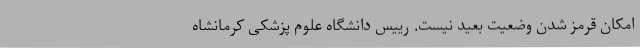
امکان قرمز شدن وضعیت بعید نیست. رییس دانشگاه علوم پزشکی کرمانشاه